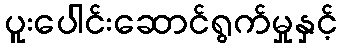
ပူးပေါင်းဆောင်ရွက်မှုနှင့်